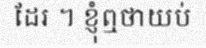
ដែរ ។ ខ្ញុំឮថាយប់